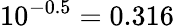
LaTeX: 10^{-0.5}=0.316